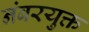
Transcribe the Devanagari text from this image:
नंबरयुक्त